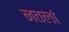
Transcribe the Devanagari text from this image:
नतलां